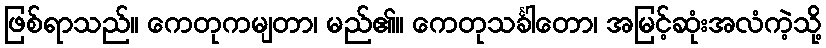
ဖြစ်ရာသည်။ ကေတုကမျတာ၊ မည်၏။ ကေတုသင်္ခါတော၊ အမြင့်ဆုံးအလံကဲ့သို့